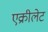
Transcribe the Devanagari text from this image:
एक्रीलेट